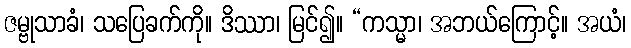
ဇမ္ဗုသာခံ၊ သပြေခက်ကို။ ဒိဿာ၊ မြင်၍။ “ကသ္မာ၊ အဘယ်ကြောင့်။ အယံ၊